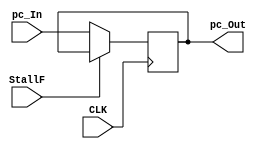
`timescale 1ns / 1ps

module pc # (  parameter WL = 32 )
(
    input CLK,
    input StallF,
    input [WL - 1 : 0] pc_In,
    output reg [WL - 1 : 0] pc_Out
);
    wire [WL - 1 : 0] pc;
    assign pc = pc_In;
    
    initial pc_Out <= 0;
    
    always @ (posedge CLK)
    begin
        if(!StallF)pc_Out <= pc_In;
    end
    
endmodule